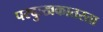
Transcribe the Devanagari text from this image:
परदुःखकातरता